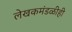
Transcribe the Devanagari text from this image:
लेखकमंडळीही